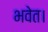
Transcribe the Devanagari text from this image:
भवेत।